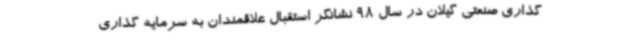
گذاری صنعتی گیلان در سال 98 نشانگر استقبال علاقمندان به سرمایه گذاری